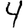
Digit: 4